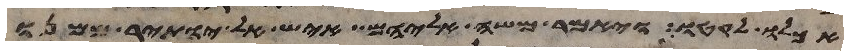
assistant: אכלו לקטו ויאמר משה אליהם איש אל יותיר ממנו